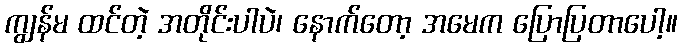
ကျွန်မ ထင်တဲ့ အတိုင်းပါပဲ၊ နောက်တော့ အမေက ပြောပြတာပေါ့။